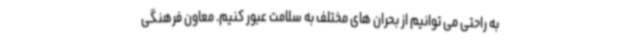
به راحتی می توانیم از بحران های مختلف به سلامت عبور کنیم. معاون فرهنگی